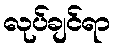
လုပ်ချင်ရာ